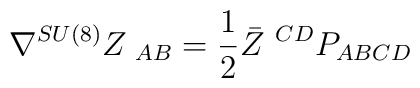
\nabla^{SU(8)}Z_{\ AB}= {1 \over 2} \bar Z^{\ CD} P_{ABCD}